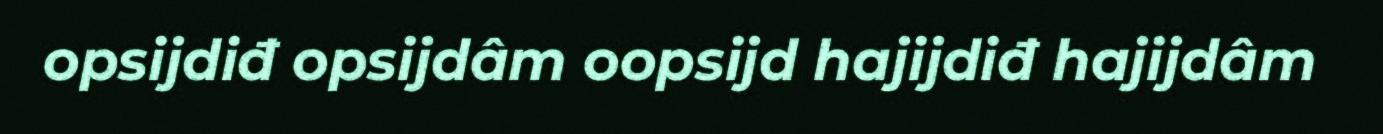
opsijdiđ opsijdâm oopsijd hajijdiđ hajijdâm